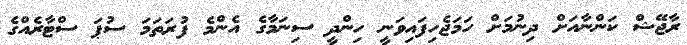
ރާޖޭޝް ކަންނާއަށް ދިނުމަށް ހަމަޖެހިފައިވަނީ ހިންދީ ސިނަމާގެ އެންމެ ފުރަތަމަ ސުޕަ ސްޓާރެއްގެ